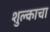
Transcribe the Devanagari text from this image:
शुल्काचा